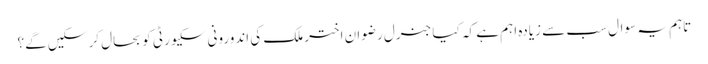
تاہم یہ سوال سب سے زیادہ اہم ہے کہ کیا جنرل رضوان اختر ملک کی اندورونی سکیورٹی کو بحال کر سکیں گے؟